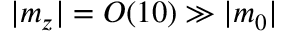
| m _ { z } | = { \cal O } ( 1 0 ) \gg | m _ { 0 } |